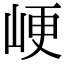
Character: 峺